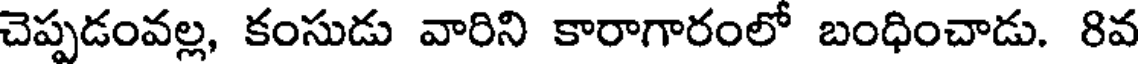
చెప్పడంవల్ల, కంసుడు వారిని కారాగారంలో బంధించాడు. 8వ